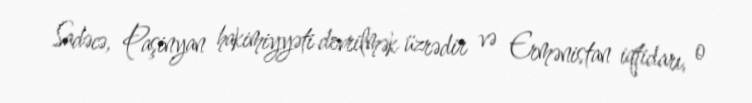
Sadəcə, Paşinyan hakimiyyəti devrilmək üzrədir və Ermənistan iqtidarı, o